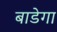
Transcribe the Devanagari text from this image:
बाडेगा